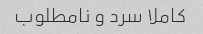
کاملا سرد و نامطلوب